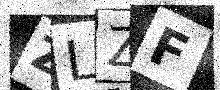
Text: ZLZF